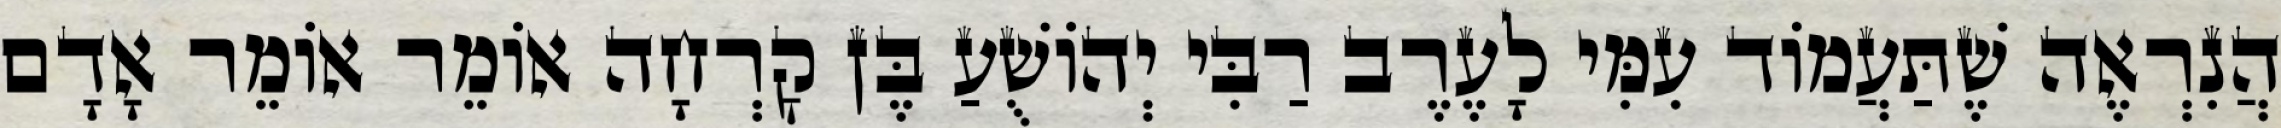
הֲנִרְאֶה שֶׁתַּעֲמוֹד עִמִּי לָעֶרֶב רַבִּי יְהוֹשֻׁעַ בֶּן קׇרְחָה אוֹמֵר אוֹמֵר אָדָם